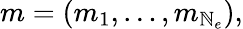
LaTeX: m=(m_{1},\ldots,m_{\mathbb{N}_{e}}),